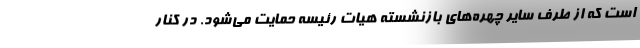
است که از طرف سایر چهره‌های بازنشسته هیات رئیسه حمایت می‌شود. در کنار